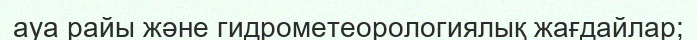
ауа райы және гидрометеорологиялық жағдайлар;